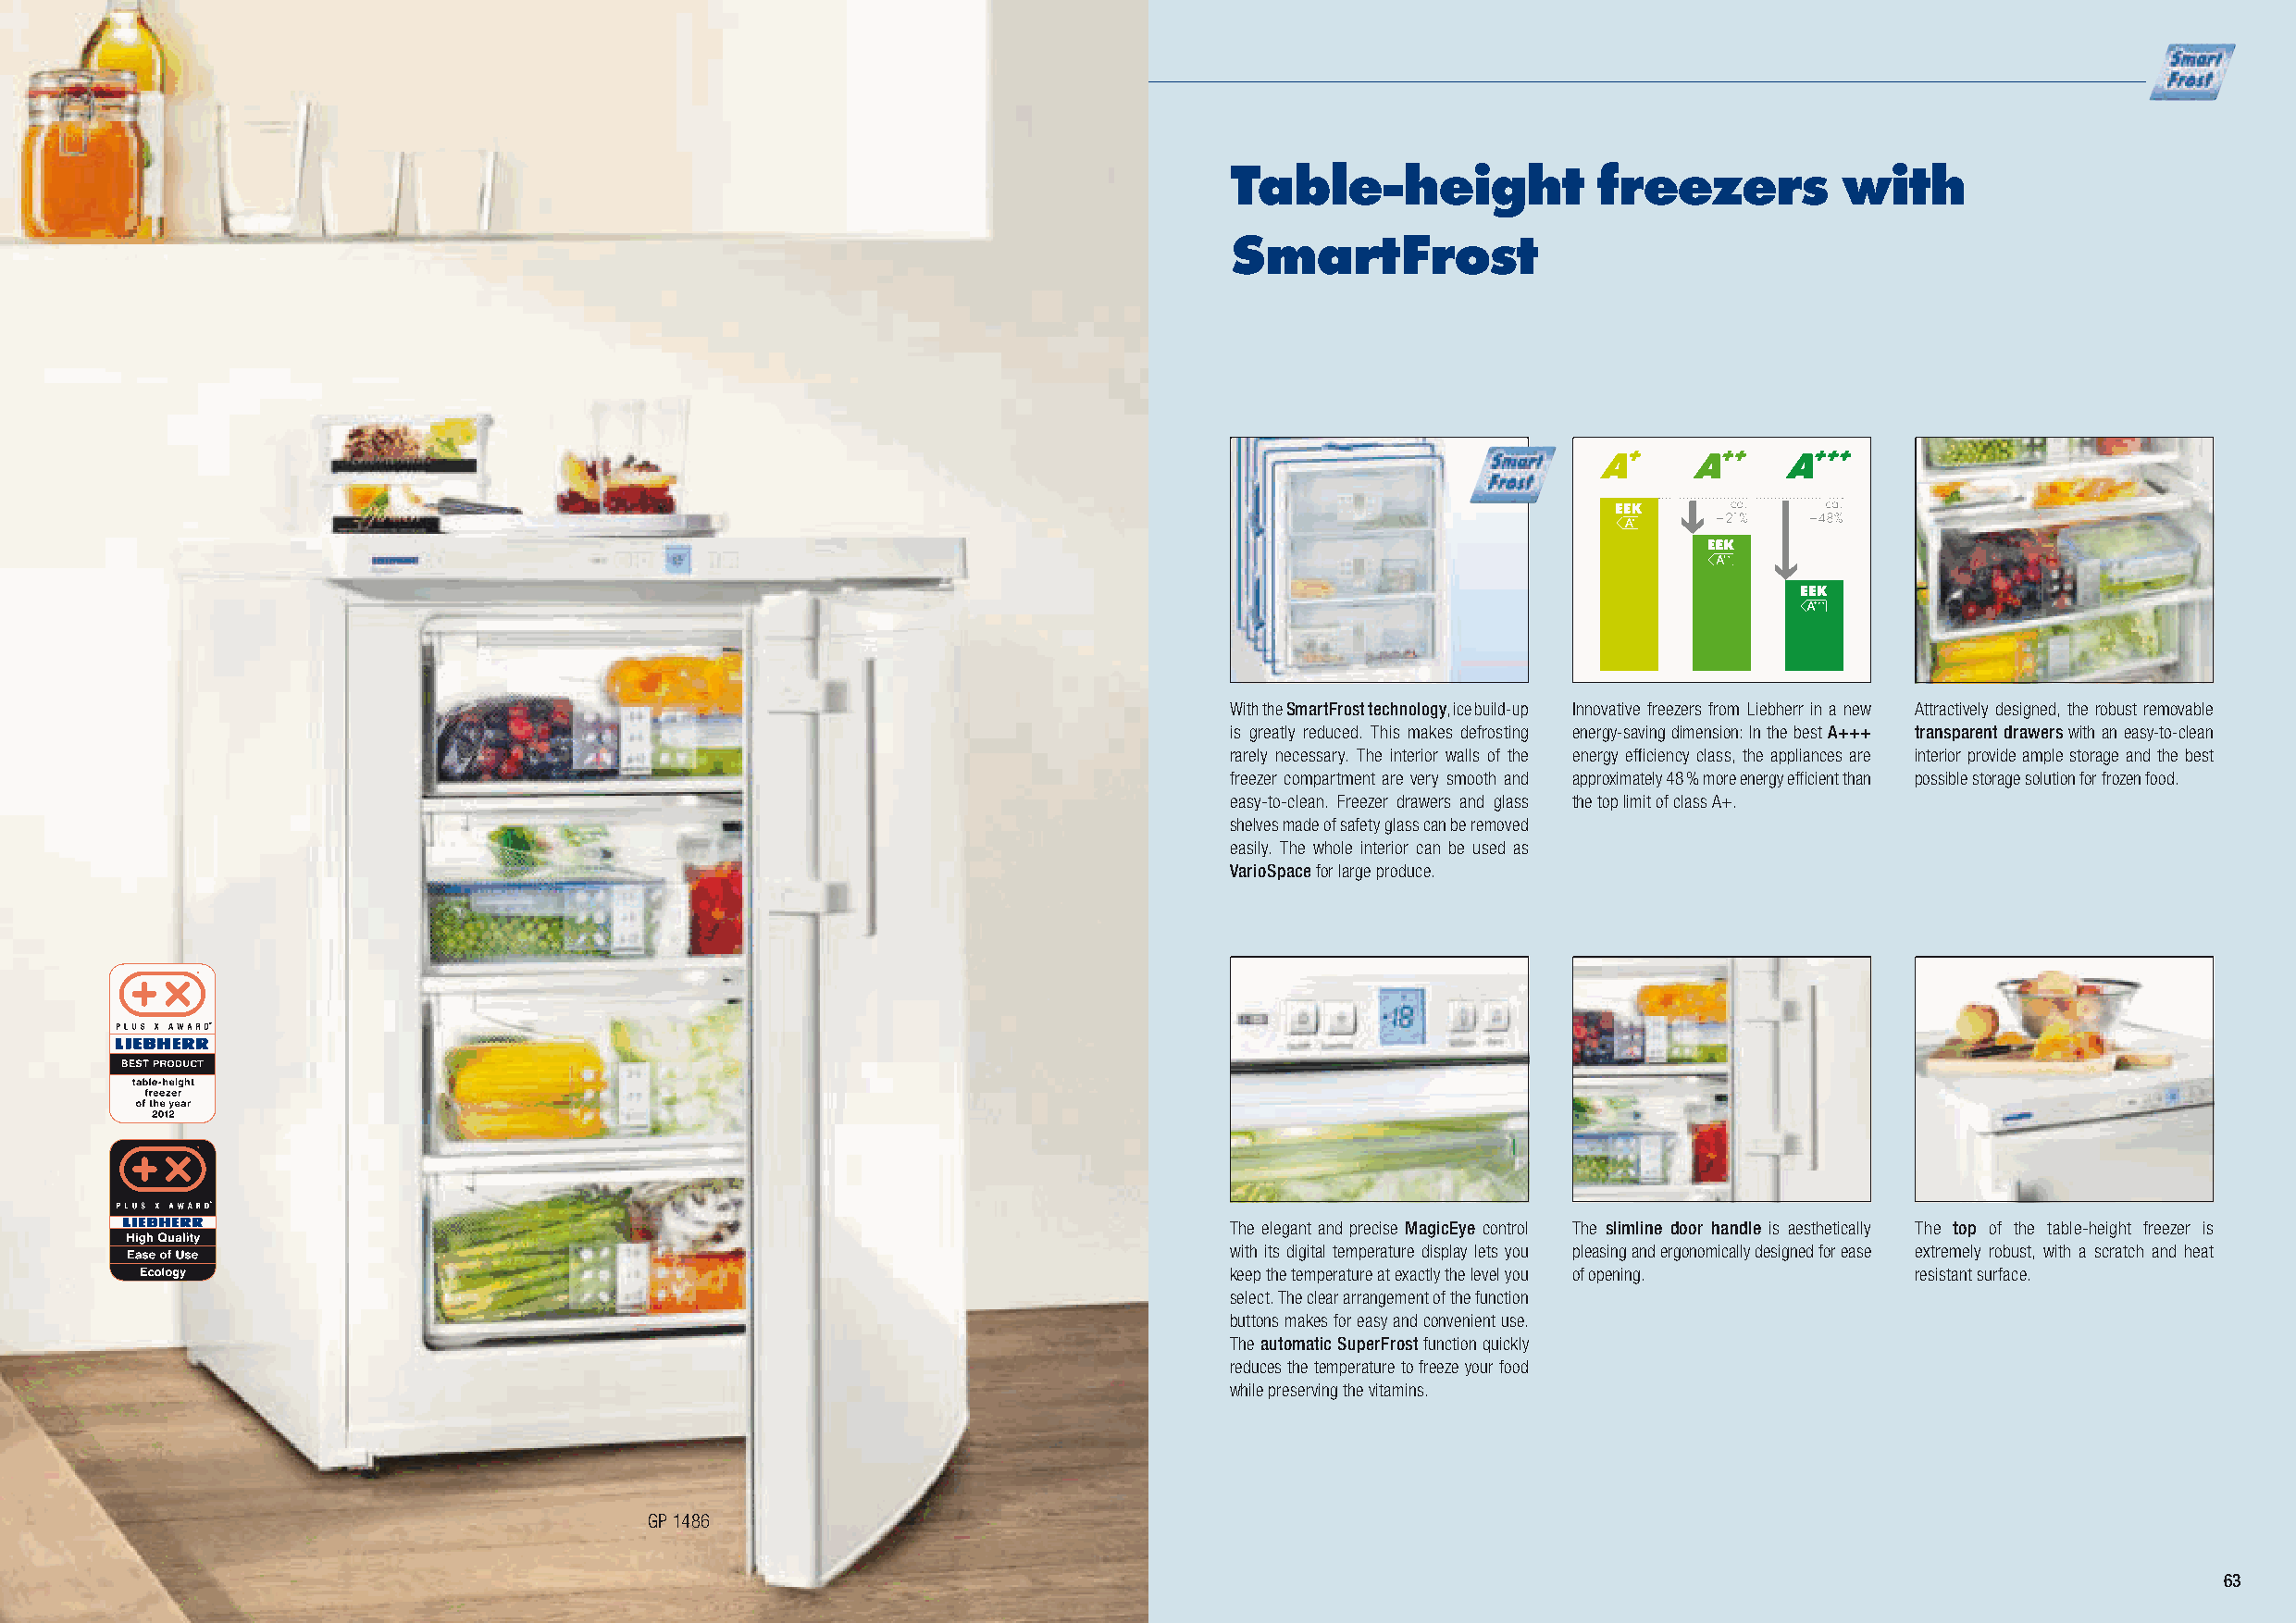
Table-height              freezers          with
 SmartFrost
 With the SmartFrost technology, ice build-up Innovative freezers from Liebherr in a new Attractively designed, the robust removable
 is greatly reduced. This makes defrosting energy-saving dimension: In the best A+++ transparent drawers with an easy-to-clean
 rarely necessary. The interior walls of the energy effi ciency class, the appliances are interior provide ample storage and the best
 freezer compartment are very smooth and approximately 48 % more energy effi cient than possible storage solution for frozen food.
 easy-to-clean. Freezer drawers and glass the top limit of class A+.
 shelves made of safety glass can be removed
 easily. The whole interior can be used as
 VarioSpace for large produce.
 The elegant and precise MagicEye control The slimline door handle is aesthetically The top of the table-height freezer is
 with its digital temperature display lets you pleasing and ergonomically designed for ease extremely robust, with a scratch and heat
 keep the temperature at exactly the level you of opening. resistant surface.
 select. The clear arrangement of the function
 buttons makes for easy and convenient use.
 The automatic SuperFrost function quickly
 reduces the temperature to freeze your food
 while preserving the vitamins.
 GP 1486
 63
 LHG_Stand_2014_32-65_GB_02.indd 62                                     21.11.2013 17:07:38 Uhr LLHHGG__SSttaanndd__22001144__3322--6655__GGBB__0022..iinndddd 6633 2211..1111..22001133 1177::0077::4455 UUhhrr